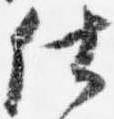
仕